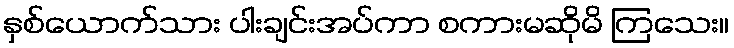
နှစ်ယောက်သား ပါးချင်းအပ်ကာ စကားမဆိုမိ ကြသေး။